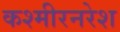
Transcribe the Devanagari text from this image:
कश्मीरनरेश